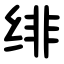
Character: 绯